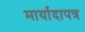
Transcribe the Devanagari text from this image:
मार्यादापत्र